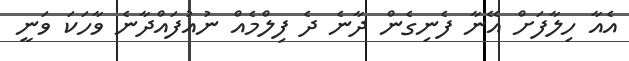
އެއާ ހިލާފަށް އޭނާ ފެނިގެން ދާނެ ދެ ފިލްމެއް ނުއުފައްދާނެ ވާހަކަ ވަނީ